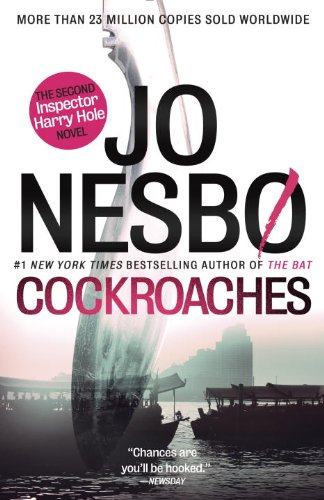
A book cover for Cockroaches: The Second Inspector Harry Hole Novel (Harry Hole Series); Jo Nesbo; Mystery, Thriller & Suspense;